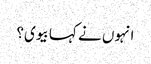
انہوں نے کہا بیوی؟